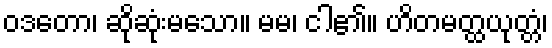
ဝဒတော၊ ဆိုဆုံးမသော။ မမ၊ ငါ၏။ ဟိတမတ္ထယုတ္တံ၊